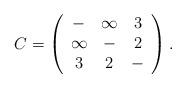
LaTeX: \begin{align*}C = \left(\begin{array}{ccc}- & \infty & 3 \\\infty & - & 2 \\3 & 2 & -\end{array}\right).\end{align*}